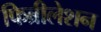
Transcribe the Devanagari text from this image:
फिब्रीलेशन